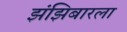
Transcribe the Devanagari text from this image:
झंझिबारला